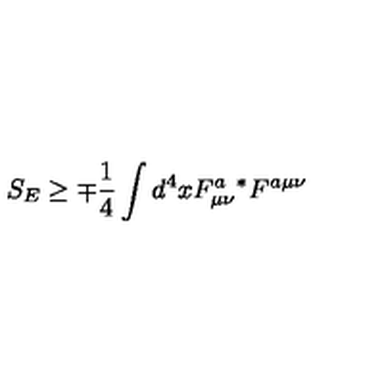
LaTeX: S _ { E } \geq \mp \frac { 1 } { 4 } \int d ^ { 4 } x F _ { \mu \nu } ^ { a } { } ^ { * } F ^ { a \mu \nu }